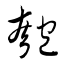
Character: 匏